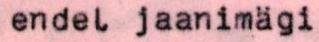
endel jaanimägi